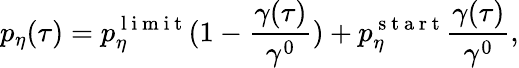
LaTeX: p_{\eta}(\tau)=p_{\eta}^{\mathrm{~l~i~m~i~t~}}(1-\frac{\gamma(\tau)}{\gamma^{0}})+p_{\eta}^{\mathrm{~s~t~a~r~t~}}\frac{\gamma(\tau)}{\gamma^{0}},